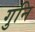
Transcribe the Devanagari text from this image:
गुनि